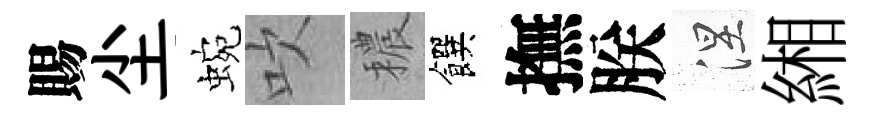
賜尘蜿吹穠饌撫朕涅緗